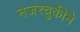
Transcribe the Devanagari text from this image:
नजरचुकीने